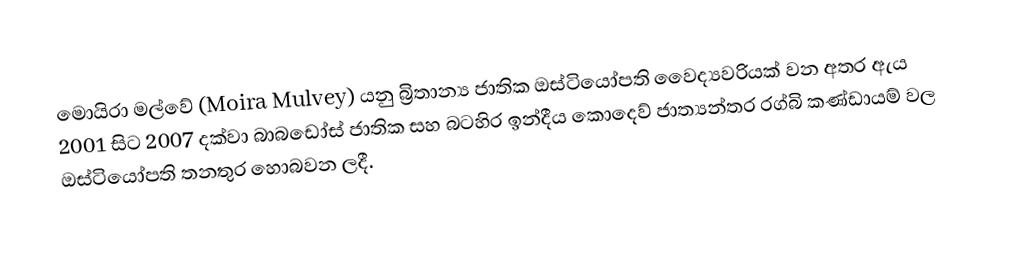
මොයිරා මල්වේ (Moira Mulvey) යනු බ්‍රිතාන්‍ය ජාතික ඔස්ටියෝපති වෛද්‍යවරියක්  වන අතර ඇය 2001 සිට 2007 දක්වා බාබඩෝස් ජාතික සහ බටහිර ඉන්දීය කොදෙව් ජාත්‍යන්තර රග්බි කණ්ඩායම් වල ඔස්ටියෝපති තනතුර හොබවන ලදී.